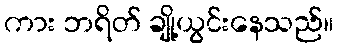
ကား ဘရိတ် ချို့ယွင်းနေသည်။